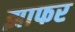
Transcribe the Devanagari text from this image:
झाफर